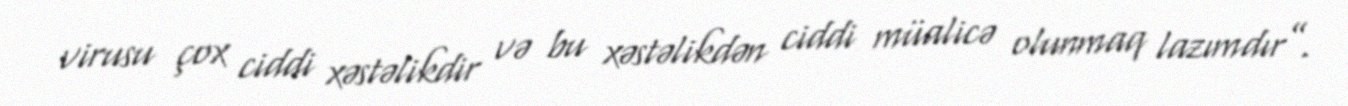
virusu çox ciddi xəstəlikdir və bu xəstəlikdən ciddi müalicə olunmaq lazımdır”.